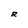
Character: R